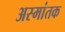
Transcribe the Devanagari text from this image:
अस्मांतक